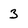
Character: 3